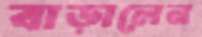
বাড়ালেন